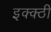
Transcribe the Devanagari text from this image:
इक्क्ठी